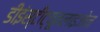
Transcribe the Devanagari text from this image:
डीइंस्टीट्यूनलाइजोन